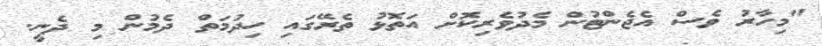
"މިހާރު ވެސް އެޖެންޓުން މެދުވެރިކޮށް އަތޮޅު ތެރޭގައި ހިދުމަތް ދެމުން މި ދެނީ.